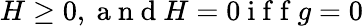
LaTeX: H\geq 0,\mathrm{~a~n~d~}H=0\mathrm{~i~f~f~}g=0